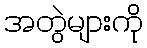
အတွဲများကို